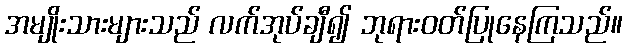
အမျိုးသားများသည် လက်အုပ်ချီ၍ ဘုရားဝတ်ပြုနေကြသည်။